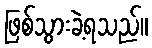
ဖြစ်သွားခဲ့ရသည်။